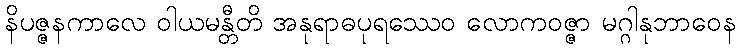
နိပဇ္ဇနကာလေ ဝါယမန္တီတိ အနုရာဓပုရဿေဝ လောကဝဇ္ဇာ မဂ္ဂါနုဘာဝေန